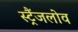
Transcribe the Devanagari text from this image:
स्ट्रैंजलोव